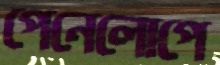
পেনেলোপে